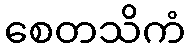
စေတသိကံ